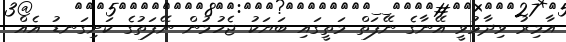
އާމިރު ވިދާޅުވީ އޭނާގެ ނޭފަތް މަތީގައި ބަޔަކު ޖެހުމުން ނޭފަތުގެ ކަށިގަނޑު އެއް